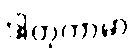
ဒါတုကာမာ